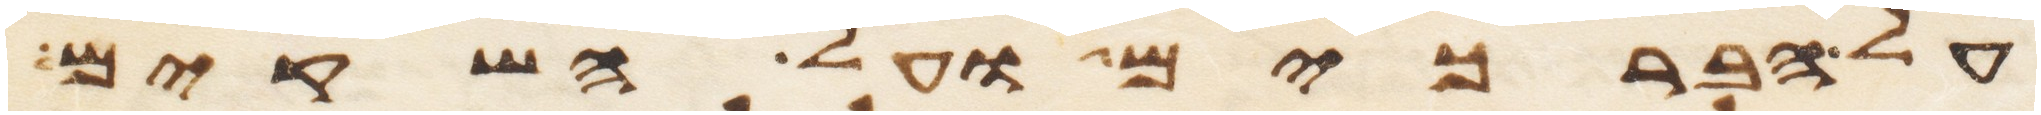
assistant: על הברכים ועל השקים